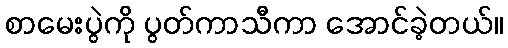
စာမေးပွဲကို ပွတ်ကာသီကာ အောင်ခဲ့တယ်။